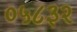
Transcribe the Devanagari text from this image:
०५८३२